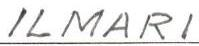
ILMARI